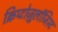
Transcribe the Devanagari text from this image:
क्रिप्टोज़ूलॉजिस्ट